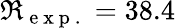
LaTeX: \Re_{\mathrm{~e~x~p~.~}}=38.4